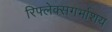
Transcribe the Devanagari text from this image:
रिफ्लेक्सगर्भाशय